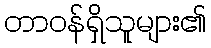
တာဝန်ရှိသူများ၏